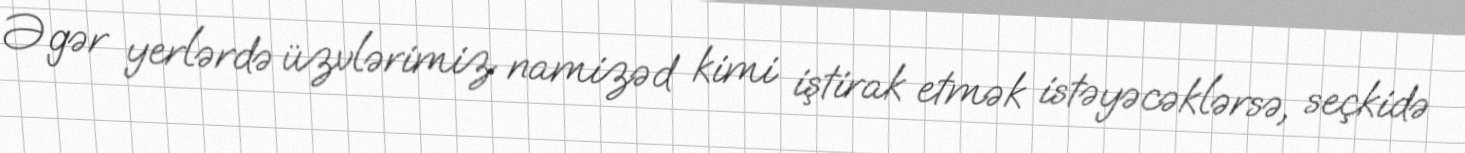
Əgər yerlərdə üzvlərimiz namizəd kimi iştirak etmək istəyəcəklərsə, seçkidə